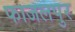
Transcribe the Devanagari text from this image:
फाजलपुर